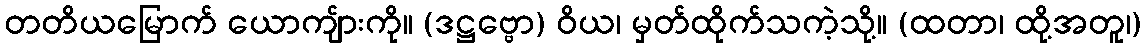
တတိယမြောက် ယောကျ်ားကို။ (ဒဋ္ဌဗ္ဗော) ဝိယ၊ မှတ်ထိုက်သကဲ့သို့။ (ထတာ၊ ထို့အတူ၊)